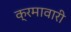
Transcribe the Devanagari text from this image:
क्रमावारी